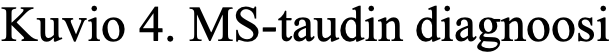
Kuvio 4. MS-taudin diagnoosi